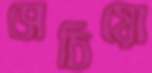
সেচিয়ো